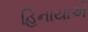
હિનાયાએ